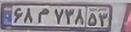
۶۸م۷۳۸۵۳